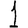
Digit: 1